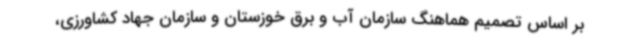
بر اساس تصمیم هماهنگ سازمان آب و برق خوزستان و سازمان جهاد کشاورزی،